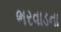
ભરવાડના